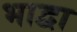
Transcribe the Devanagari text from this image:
भाद्वा